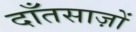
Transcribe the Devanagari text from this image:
दाँतसाज़ों